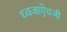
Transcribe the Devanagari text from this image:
ध्वजाऐवजी